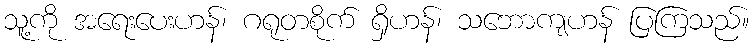
သူ့ကို အရေးပေးဟန်၊ ဂရုတစိုက် ရှိဟန်၊ သဘောကျဟန် ပြကြသည်။